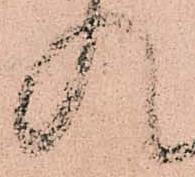
入